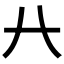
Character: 𢌬